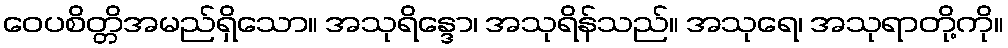
ဝေပစိတ္တိအမည်ရှိသော။ အသုရိန္ဒော၊ အသုရိန်သည်။ အသုရေ၊ အသုရာတို့ကို။